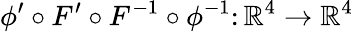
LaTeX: \phi^{\prime}\circ F^{\prime}\circ F^{-1}\circ\phi^{-1}\colon\mathbb R^{4}\to\mathbb R^{4}